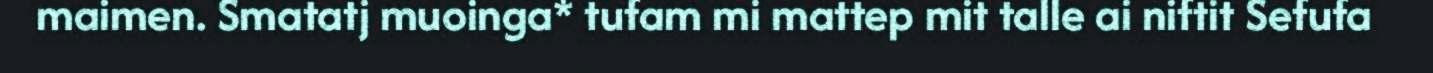
maimen. Smatatj muoinga* tufam mi mattep mit talle ai niftit Sefufa